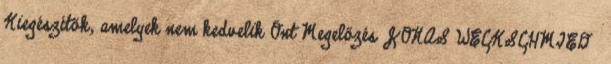
Kiegészítők, amelyek nem kedvelik Önt Megelőzés JONAS WECKSCHMIED